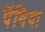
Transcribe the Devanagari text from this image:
पेंगिया